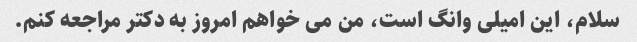
سلام، این امیلی وانگ است، من می خواهم امروز به دکتر مراجعه کنم.